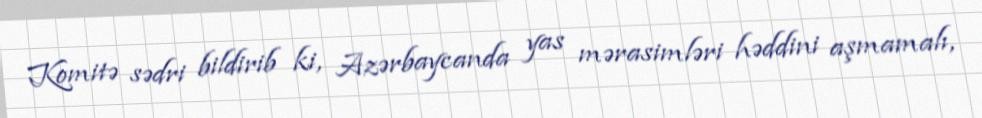
Komitə sədri bildirib ki, Azərbaycanda yas mərasimləri həddini aşmamalı,